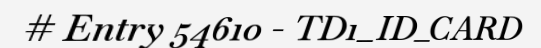
# Entry 54610 - TD1_ID_CARD